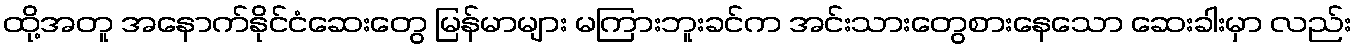
ထို့အတူ အနောက်နိုင်ငံဆေးတွေ မြန်မာများ မကြားဘူးခင်က အင်းသားတွေစားနေသော ဆေးခါးမှာ လည်း